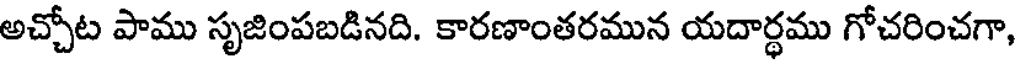
అచ్చోట పాము సృజింపబడినది. కారణాంతరమున యదార్థము గోచరించగా,